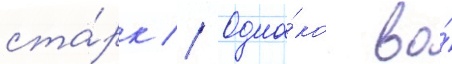
ста́рк // Одна́ко во́